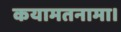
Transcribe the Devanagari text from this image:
कयामतनामा।